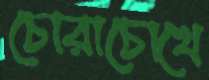
চোরাচোখে